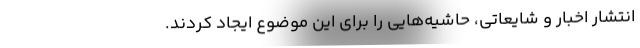
انتشار اخبار و شایعاتی، حاشیه‌هایی را برای این موضوع ایجاد کردند.